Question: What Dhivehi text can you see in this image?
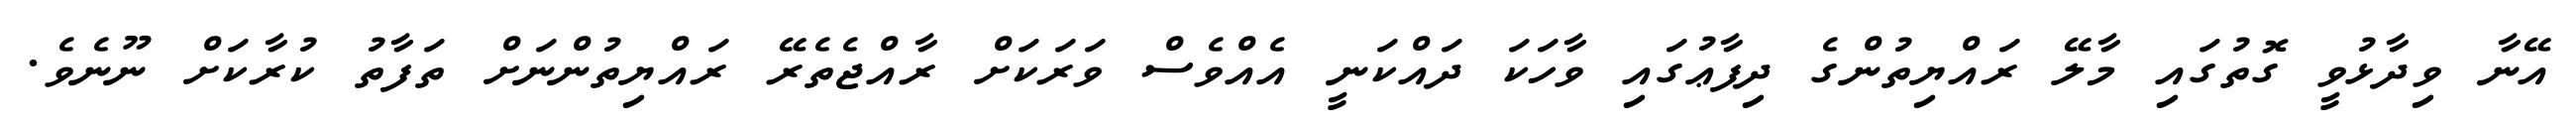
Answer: އޭނާ ވިދާޅުވީ ގޮތުގައި މާލޭ ރައްޔިތުންގެ ދިފާޢުގައި ވާހަކަ ދައްކަނީ އެއްވެސް ވަރަކަށް ރާއްޖެތެރޭ ރައްޔިތުންނަށް ތަފާތު ކުރާކަށް ނޫނެވެ.